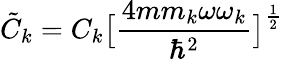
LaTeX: \tilde{C}_{k}=C_{k}\big[\frac{4mm_{k}\omega\omega_{k}}{\hbar^{2}}\big]^{\frac{1}{2}}